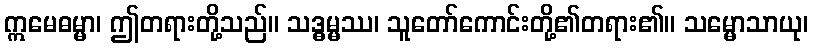
ဣမေဓမ္မာ၊ ဤတရားတို့သည်။ သဒ္ဓမ္မဿ၊ သူတော်ကောင်းတို့၏တရား၏။ သမ္မောသာယု၊